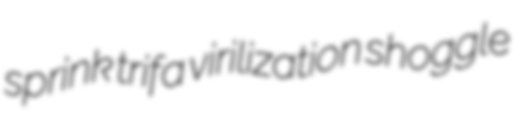
sprink trifa virilization shoggle